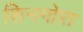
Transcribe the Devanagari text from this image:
शिनगोरा